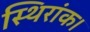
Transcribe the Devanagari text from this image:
स्थिरांक।